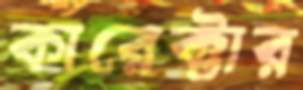
কারেক্টার